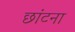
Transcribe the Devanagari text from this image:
छांटना